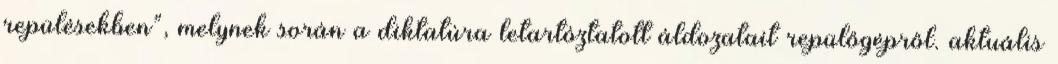
repülésekben”, melynek során a diktatúra letartóztatott áldozatait repülőgépről. aktuális